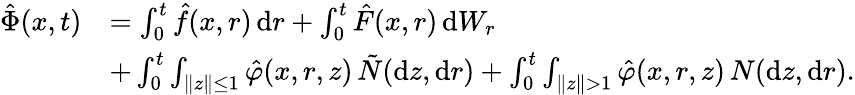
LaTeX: \begin{array}{rl}{\hat{\Phi}(x,t)}&{=\int_{0}^{t}\hat{f}(x,r)\, \mathrm{d}r+\int_{0}^{t}\hat{F}(x,r)\, \mathrm{d}W_{r}}\\ &{+\int_{0}^{t}\int_{\| z\| \leq 1}\hat{\varphi}(x,r,z)\, \tilde{N}(\mathrm{d}z,\mathrm{d}r)+\int_{0}^{t}\int_{\| z\| >1}\hat{\varphi}(x,r,z)\, N(\mathrm{d}z,\mathrm{d}r).}\end{array}